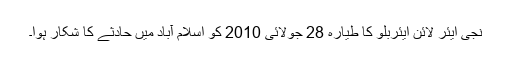
نجی ایئر لائن ایئربلو کا طیارہ 28 جولائی 2010 کو اسلام آباد میں حادثے کا شکار ہوا۔